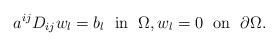
LaTeX: \begin{align*}a^{ij}D_{ij} w_l= b_l\;\mbox{ in }\; \Omega,w_l=0 \;\mbox{ on } \; \partial \Omega.\end{align*}